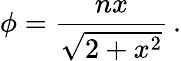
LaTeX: \phi={\frac{nx}{\sqrt{2+x^{2}}}}\, .